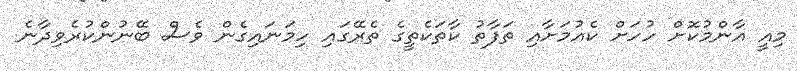
މިއީ އާންމުކޮށް ހުހަށް ކެއުމަށާއި ތަފާތު ކާތަކެތީގެ ތެރޭގައި ހިމަނައިގެން ވެސް ބޭނުންކުރެވިދާނެ